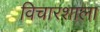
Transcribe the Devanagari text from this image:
विचारशाला